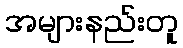
အများနည်းတူ